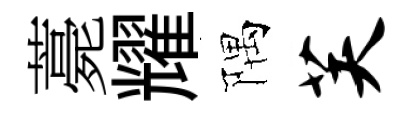
薧耀隅芙